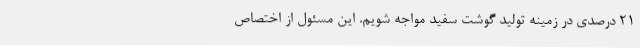
21 درصدی در زمینه تولید گوشت سفید مواجه شویم. این مسئول از اختصاص